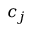
c _ { j }